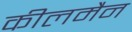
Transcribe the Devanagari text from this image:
कीलमैन